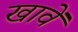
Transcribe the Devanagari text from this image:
खावें